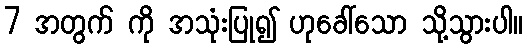
7 အတွက် ကို အသုံးပြု၍ ဟုခေါ်သော သို့သွားပါ။